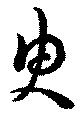
曳